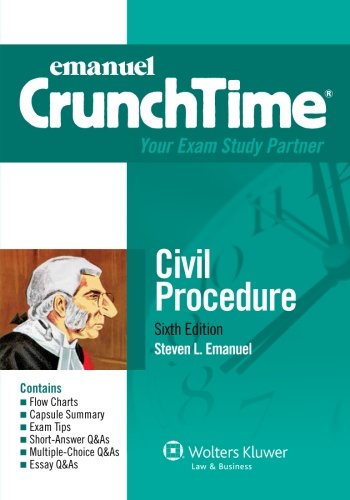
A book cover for CrunchTime: Civil Procedure (Emanuel Crunchtime); Steven L. Emanuel; Law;